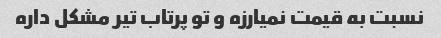
نسبت به قیمت نمیارزه و تو پرتاب تیر مشکل داره